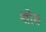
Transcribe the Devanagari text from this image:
शोरु